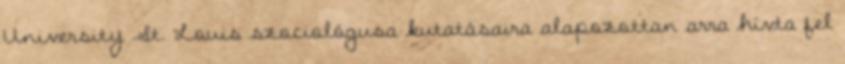
University St. Louis szociológusa kutatásaira alapozottan arra hívta fel